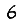
Digit: 6